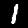
Digit: 1